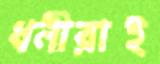
ধনীরাই